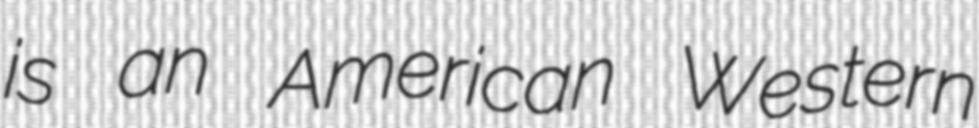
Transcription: is an American Western